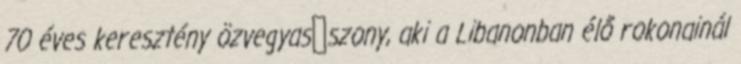
70 éves keresztény özvegyas�szony, aki a Libanonban élő rokonainál